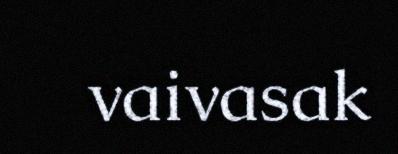
vaivasak